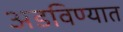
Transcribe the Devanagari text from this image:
अडविण्यात